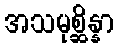
အသမုစ္ဆိန္နာ